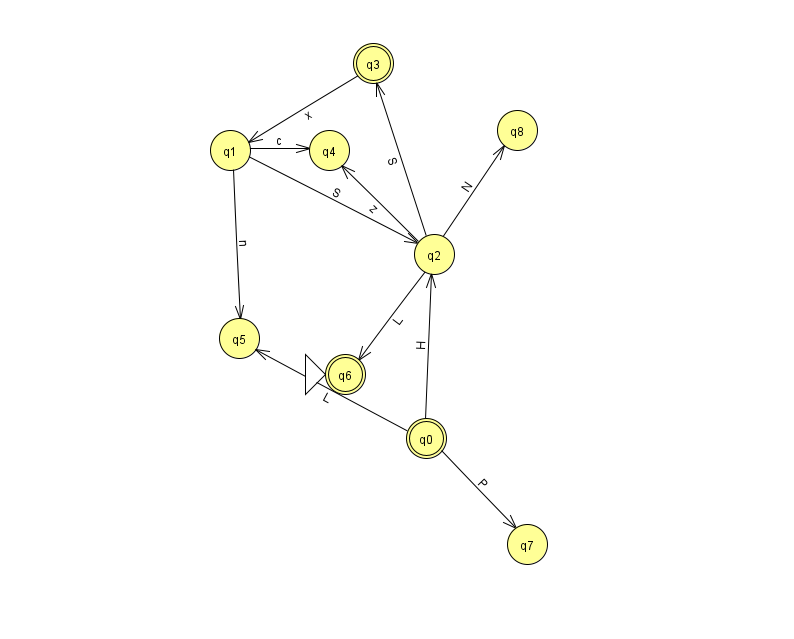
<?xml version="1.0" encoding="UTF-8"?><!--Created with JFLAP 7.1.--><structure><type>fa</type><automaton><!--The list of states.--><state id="0" name="q0"><x>426.0</x><y>425.0</y><final/></state><state id="1" name="q1"><x>230.0</x><y>137.0</y></state><state id="2" name="q2"><x>434.0</x><y>241.0</y></state><state id="3" name="q3"><x>373.0</x><y>50.0</y><final/></state><state id="4" name="q4"><x>329.0</x><y>137.0</y></state><state id="5" name="q5"><x>239.0</x><y>325.0</y></state><state id="6" name="q6"><x>345.0</x><y>361.0</y><initial/><final/></state><state id="7" name="q7"><x>527.0</x><y>531.0</y></state><state id="8" name="q8"><x>517.0</x><y>117.0</y></state><!--The list of transitions.--><transition><from>2</from><to>6</to><read>L</read></transition><transition><from>3</from><to>1</to><read>x</read></transition><transition><from>1</from><to>4</to><read>c</read></transition><transition><from>1</from><to>2</to><read>S</read></transition><transition><from>2</from><to>8</to><read>N</read></transition><transition><from>0</from><to>2</to><read>H</read></transition><transition><from>0</from><to>7</to><read>P</read></transition><transition><from>1</from><to>5</to><read>n</read></transition><transition><from>2</from><to>4</to><read>z</read></transition><transition><from>0</from><to>5</to><read>L</read></transition><transition><from>2</from><to>3</to><read>S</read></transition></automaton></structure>